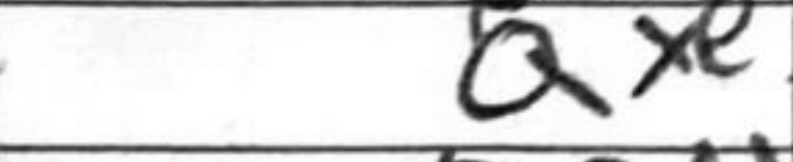
Transcription: Qxe3